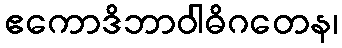
ဧကောဒိဘာဝါဓိဂတေန၊